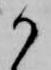
か